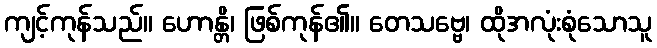
ကျင့်ကုန်သည်။ ဟောန္တိ၊ ဖြစ်ကုန်၏။ တေသဗ္ဗေ၊ ထိုအလုံးစုံသောသူ